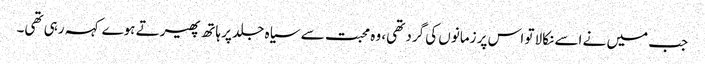
جب میں نے اسے نکالا تو اس پر زمانوں کی گرد تھی، وہ محبت سے سیاہ جلد پر ہاتھ پھیرتے ہوے کہہ رہی تھی۔